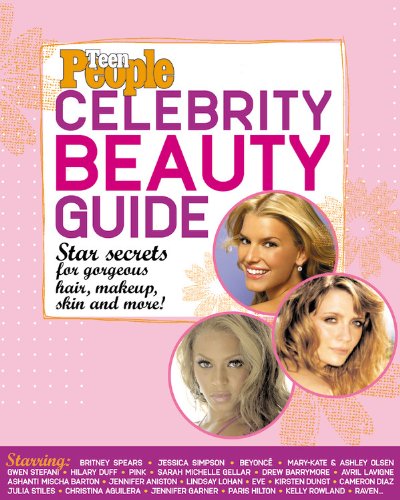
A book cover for Teen People: Celebrity Beauty Guide: Star Secrets for Gorgeous Hair, Makeup, Skin and More!; Editors of Teen People Magazine; Teen & Young Adult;